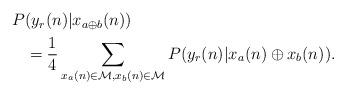
LaTeX: \begin{align*} \begin{aligned}P&(y_r(n) |x_{a\oplus b}(n)) \\& = \frac{1}{4} \sum_{x_a(n) \in \mathcal{M}, x_b(n) \in \mathcal{M}} P(y_r(n)|x_a(n) \oplus x_b(n)).\end{aligned}\end{align*}